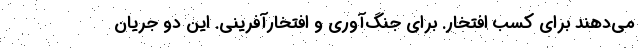
می‌دهند برای کسب افتخار. برای جنگ‌آوری و افتخارآفرینی. این دو جریان